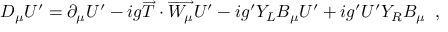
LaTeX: D _ { \mu } U ^ { \prime } = \partial _ { \mu } U ^ { \prime } - i g \overrightarrow { T } \cdot \overrightarrow { W _ { \mu } } U ^ { \prime } - i g ^ { \prime } Y _ { L } B _ { \mu } U ^ { \prime } + i g ^ { \prime } U ^ { \prime } Y _ { R } B _ { \mu } \; \; ,